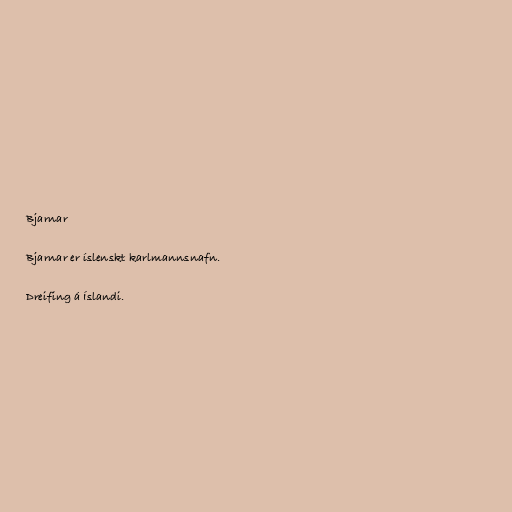
Bjarnar

Bjarnar er íslenskt karlmannsnafn.

Dreifing á Íslandi.